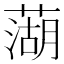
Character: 𫉣